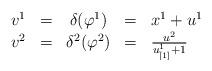
LaTeX: \begin{align*}\begin{array}{ccccl}v^{1} & = & \delta(\varphi^{1}) & = & x^{1}+u^{1}\\v^{2} & = & \delta^{2}(\varphi^{2}) & = & \frac{u^{2}}{u_{[1]}^{1}+1}\end{array}\end{align*}